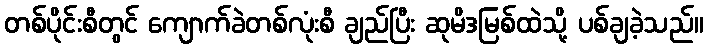
တစ်ပိုင်းစီတွင် ကျောက်ခဲတစ်လုံးစီ ချည်ပြီး ဆုမိဒမြစ်ထဲသို့ ပစ်ချခဲ့သည်။